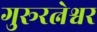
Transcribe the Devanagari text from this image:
गुरूरत्नेश्वर